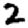
Digit: 2